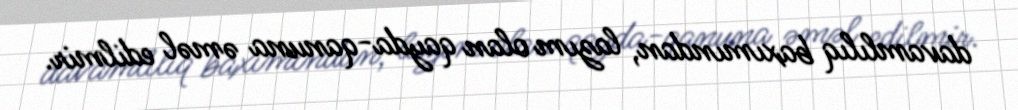
davamlılıq baxımından, lazım olan qayda-qanuna əməl edilmir.